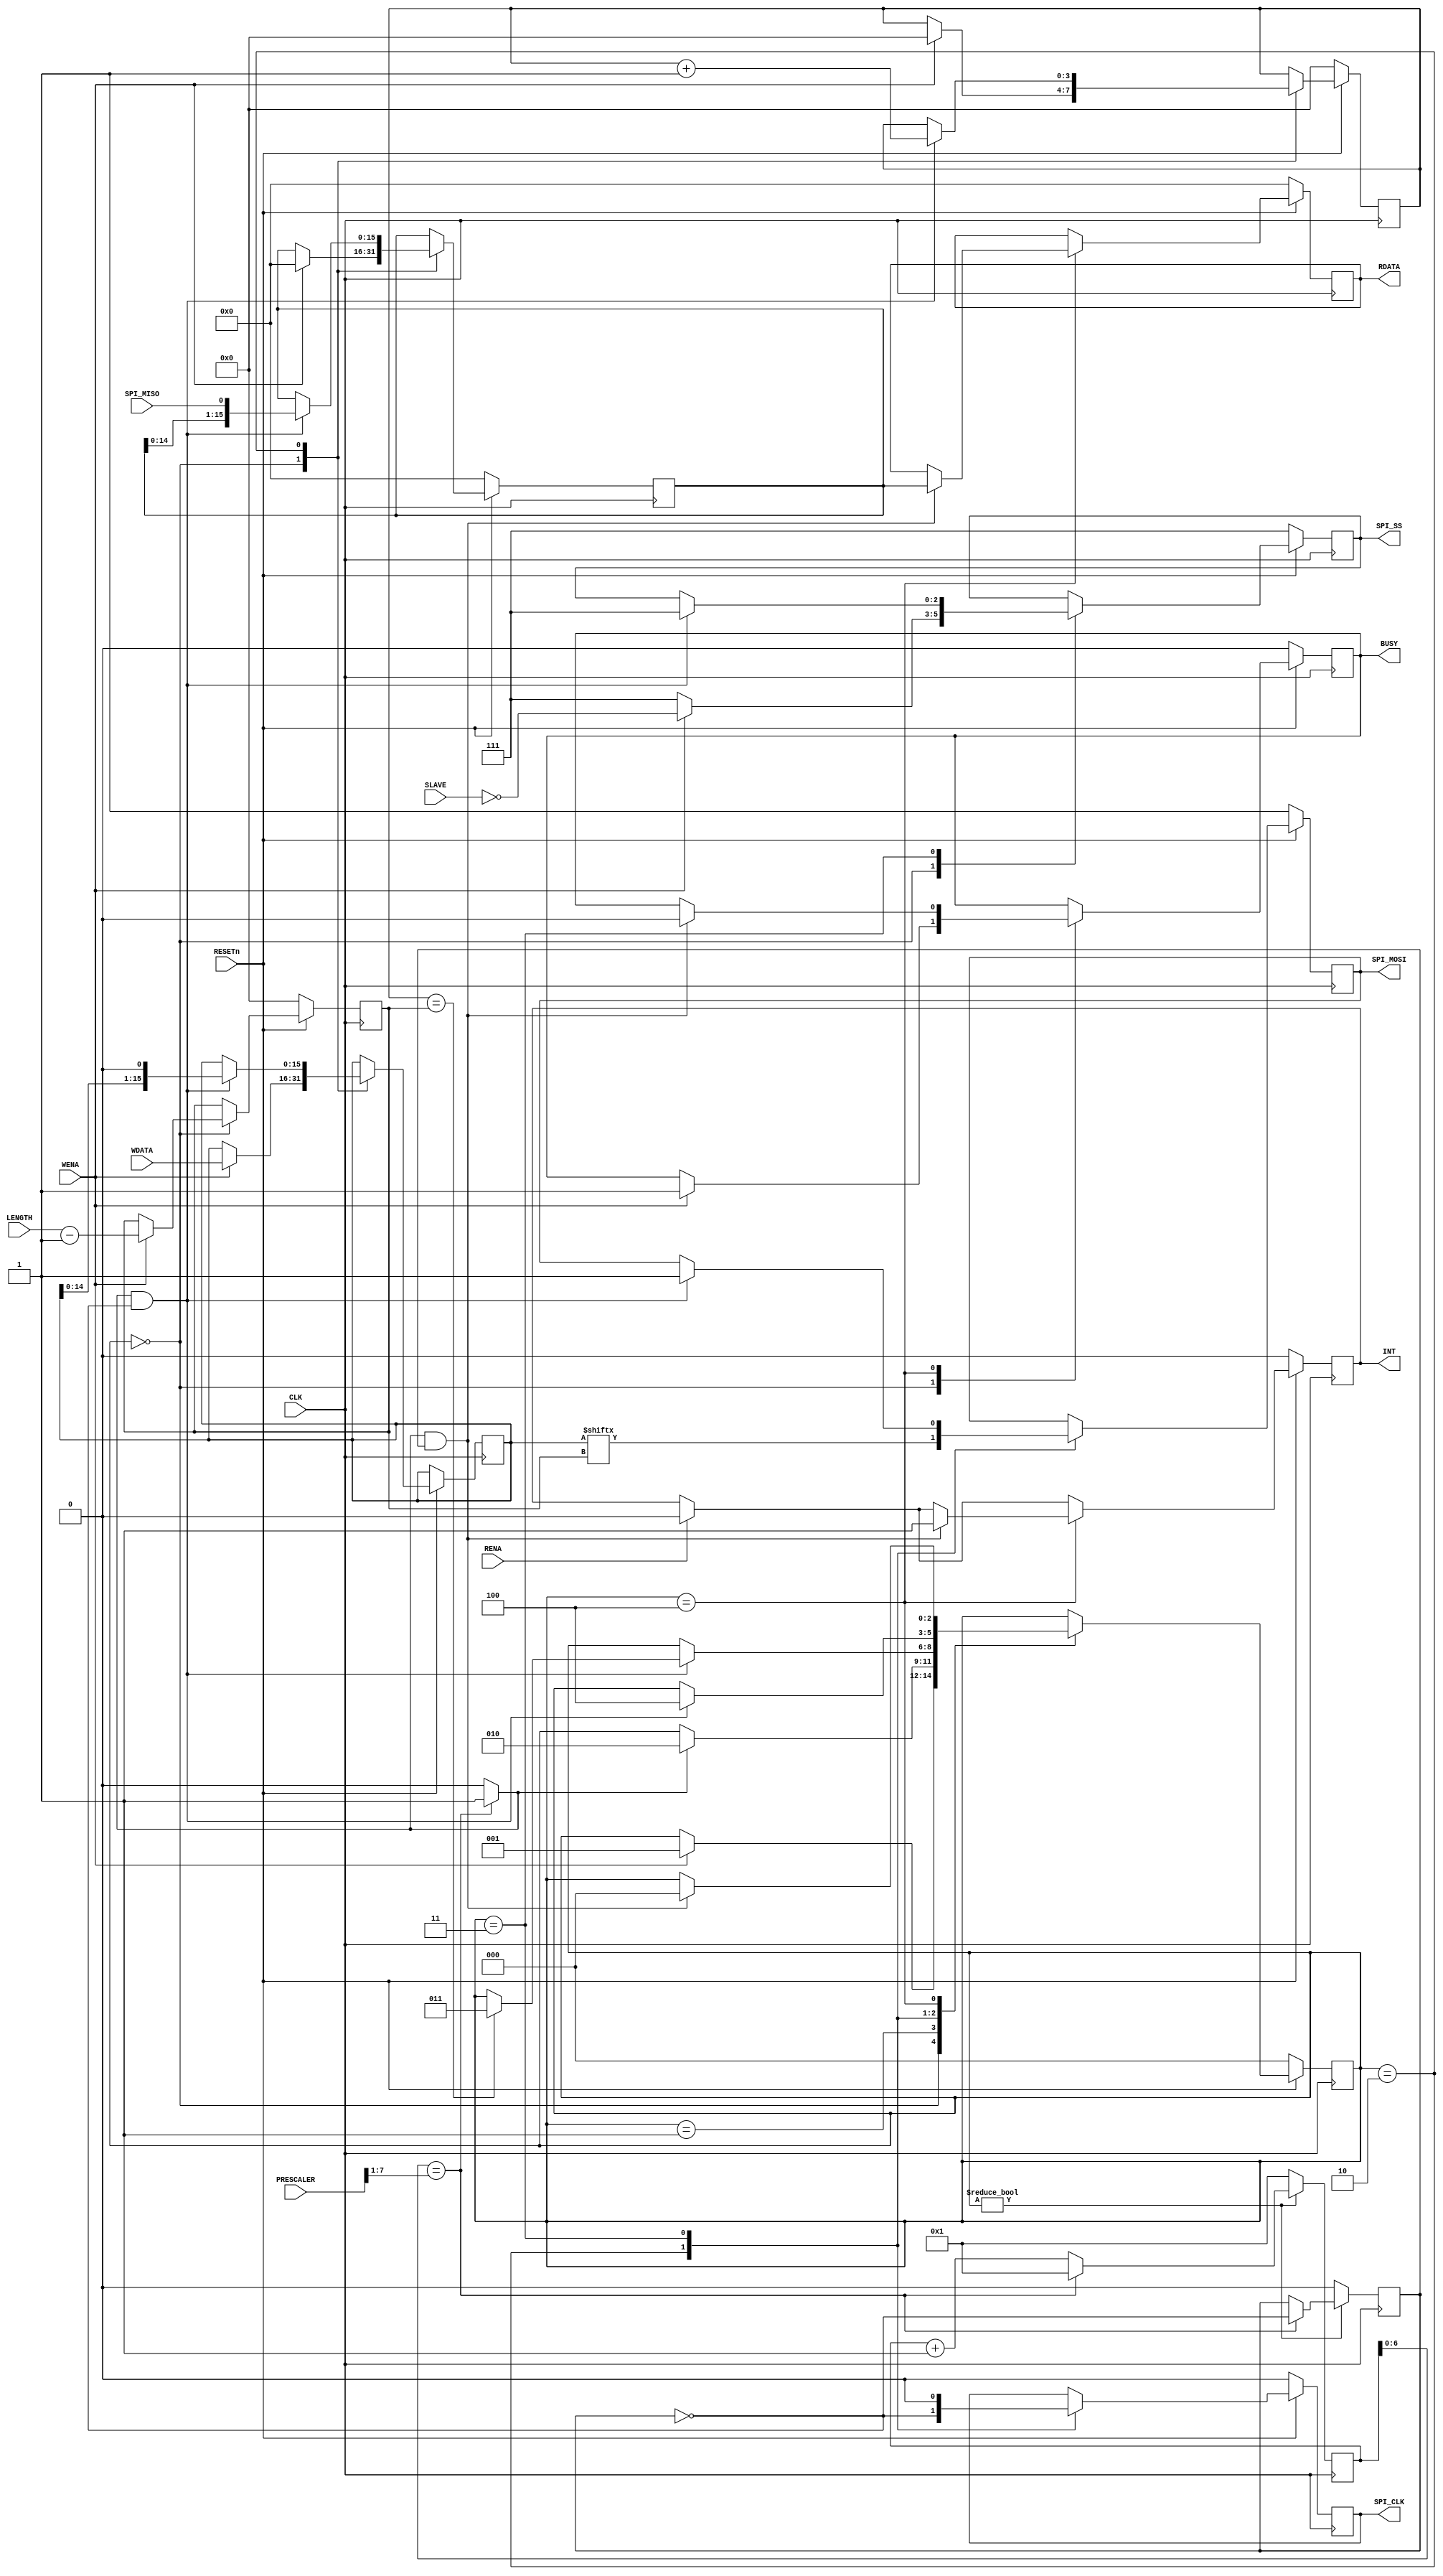
`timescale 1ns/1ps


module spi_master #(
    parameter   SLAVES = 3,
    parameter   DWIDTH = 16,
    parameter   PRESCALER_WIDTH = 8
)
(
    input         CLK,
    input         RESETn,

    input [DWIDTH-1:0]       WDATA,
    output reg [DWIDTH-1:0]  RDATA,

    input                    WENA,
    input                    RENA,

    output reg                   BUSY,
    input [SLAVES-1:0]           SLAVE,
    input [$clog2(DWIDTH)-1:0]     LENGTH,
    input [PRESCALER_WIDTH-1:0]  PRESCALER,

    output reg              SPI_MOSI,
    input                   SPI_MISO,
    output reg              SPI_CLK,
    output reg [SLAVES-1:0] SPI_SS,
    output reg              INT
);
    
    localparam  IDLE = 0;
    localparam  FIRST_BIT  = 1;
    localparam  SENDING  = 2;
    localparam  LAST_BIT  = 3;
    localparam  WAIT = 4;
    
    reg [DWIDTH-1:0] wdata_r;
    reg [DWIDTH-1:0] rdata_r;
    reg [2:0] spi_state;
    reg [PRESCALER_WIDTH-1:0] cnt;
    reg [$clog2(DWIDTH)-1:0] nbit;
    reg [$clog2(DWIDTH)-1:0] length_r;
    reg spi_clk_parity;
    wire spi_clk_en;
    
    assign spi_clk_en = ( cnt[PRESCALER_WIDTH-2:0] == PRESCALER[PRESCALER_WIDTH-1:1] )? 1'b1 : 1'b0;
    
    always @(posedge(CLK)) begin
        if (spi_state != IDLE) begin
            cnt <= cnt + 'd1;
            if (cnt[PRESCALER_WIDTH-2:0] == PRESCALER[PRESCALER_WIDTH-1:1] ) begin
                cnt <= 'd1;
                spi_clk_parity <= ~spi_clk_parity;
            end
        end else begin
            cnt <= 'd1;
            spi_clk_parity <= 1'b0;
        end
    end
    
    always @(posedge(CLK)) begin
        if (RESETn == 1'b0) begin
            nbit <= 0;
            spi_state <= IDLE;
            rdata_r <= 'd0;
            RDATA <= 'd0;
            BUSY <= 1'b0;
            SPI_SS <= {SLAVES{1'b1}};
            SPI_CLK <= 1'b0;
            SPI_MOSI <= 1'b1;
            length_r <= 0;
            INT <= 1'b0;
        end else begin
            if (RENA) INT <= 1'b0;

            case (spi_state)
                IDLE: begin
                    SPI_SS <= {SLAVES{1'b1}} ;
                    if ( WENA == 1'b1) begin
                        SPI_SS <= ~SLAVE[SLAVES-1:0];
                        nbit <= 0;
                        wdata_r <= WDATA;
                        rdata_r <= 0;
                        spi_state <= FIRST_BIT;
                        BUSY <= 1'b1;
                        length_r <= LENGTH -1;
                    end
                end
                FIRST_BIT: begin
                    if (spi_clk_en) begin
                        spi_state <= SENDING;
                    end
                end
                SENDING: begin
                    SPI_CLK <= ~spi_clk_parity;
                    SPI_MOSI <= wdata_r[length_r];
                    if (spi_clk_en & ~spi_clk_parity) begin
                        wdata_r <= { wdata_r[DWIDTH-2:0],1'b0};
                        rdata_r <= { rdata_r[DWIDTH-2:0], SPI_MISO };
                        nbit <= nbit +1;
                        if (nbit == length_r ) begin
                            spi_state <= LAST_BIT;
                        end
                    end
                end
                LAST_BIT: begin
                    SPI_CLK <= 1'b0;
                    if (spi_clk_en & ~spi_clk_parity) begin
                        SPI_MOSI <= 1'b1;
                        SPI_SS <= {SLAVES{1'b1}} ;
                        spi_state <= WAIT;
                    end
                end
                WAIT: begin
                    if (spi_clk_en & spi_clk_parity) begin
                        spi_state <= IDLE;
                        BUSY <= 1'b0;
                        RDATA <= rdata_r;
                        INT <= 1'b1;
                    end
                end
            endcase
        end
    end
    
endmodule